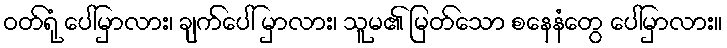
ဝတ်ရုံ ပေါ်မှာလား၊ ချက်ပေါ် မှာလား၊ သူမ၏ မြတ်သော စနေနံတွေ ပေါ်မှာလား။